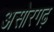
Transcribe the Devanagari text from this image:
असोरगढ़